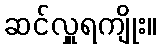
ဆင်လှူရကျိုး။